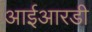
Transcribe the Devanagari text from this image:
आईआरडी